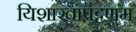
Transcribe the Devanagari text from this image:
यिशाखापट्टणम